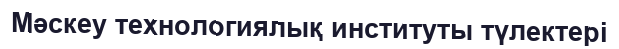
Мәскеу технологиялық институты түлектері